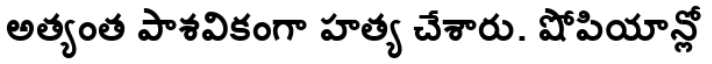
అత్యంత పాశవికంగా హత్య చేశారు. షోపియాన్లో